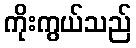
ကိုးကွယ်သည်